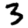
Digit: 3